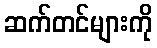
ဆက်တင်များကို